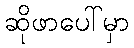
ဆိုဖာပေါ်မှာ